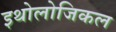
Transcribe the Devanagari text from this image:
इथोलोजिकल